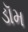
ડૉમ